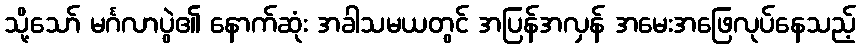
သို့သော် မင်္ဂလာပွဲ၏ နောက်ဆုံး အခါသမယတွင် အပြန်အလှန် အမေးအဖြေလုပ်နေသည့်